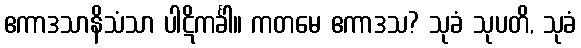
ဧကာဒသာနိသံသာ ပါဋိကင်္ခါ။ ကတမေ ဧကာဒသ? သုခံ သုပတိ, သုခံ